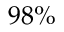
9 8 \%